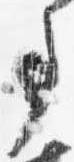
事